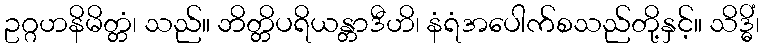
ဥဂ္ဂဟနိမိတ္တံ၊ သည်။ ဘိတ္တိပရိယန္တာဒီဟိ၊ နံရံအပေါက်စသည်တို့နှင့်။ သိဒ္ဓိံ၊